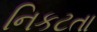
નિકટતા